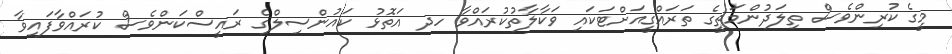
މީގެ ކުރިންވެސް ތިލަދުންމަތީގެ ތަރައްގީއަށްޓަކަައި ވަކާލާތުކުރައްވާ ހދ އަތޮޅު ކައުންސިލްގެ ރައީސްކަންވެސް ކުރައްވާފައިވާ